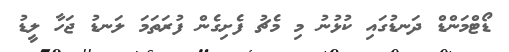
ޑޯޓްމަންޑް ދަނޑުގައި ކުޅުނު މި މެޗު ފެށިގެން ފުރަތަމަ ލަނޑު ޖަހާ ލީޑު